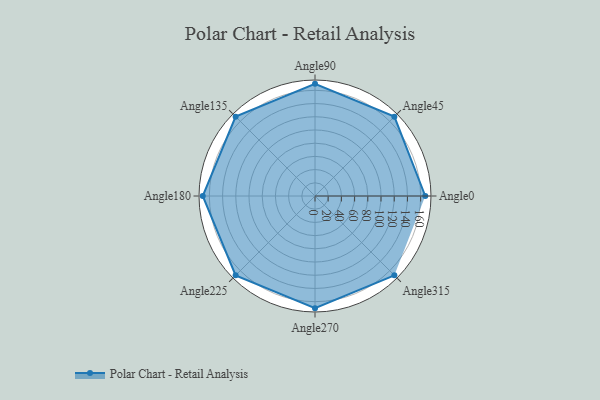
{"axis": {"x": "Angle", "y": "Radius"}, "legend": [""], "data": [{"x": "Angle0", "y": 167.0, "type": ""}, {"x": "Angle45", "y": 170, "type": ""}, {"x": "Angle90", "y": 170, "type": ""}, {"x": "Angle135", "y": 170, "type": ""}, {"x": "Angle180", "y": 170, "type": ""}, {"x": "Angle225", "y": 170, "type": ""}, {"x": "Angle270", "y": 170, "type": ""}, {"x": "Angle315", "y": 170, "type": ""}]}